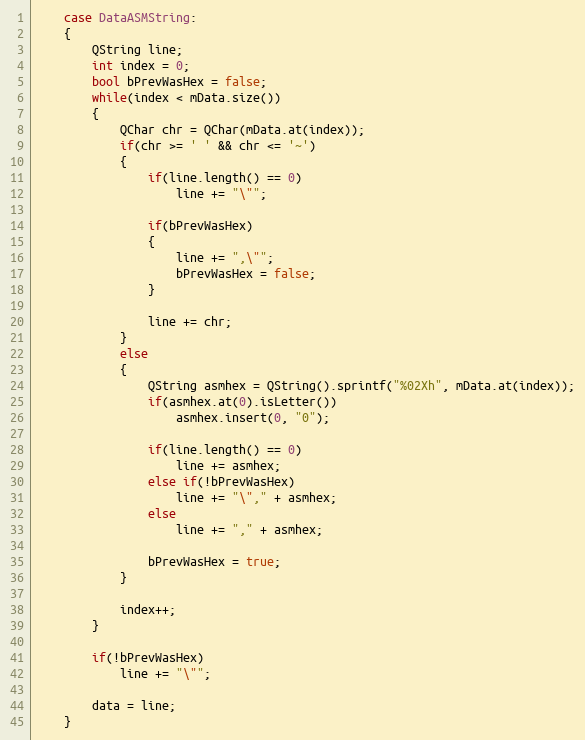
Language: C++
    case DataASMString:
    {
        QString line;
        int index = 0;
        bool bPrevWasHex = false;
        while(index < mData.size())
        {
            QChar chr = QChar(mData.at(index));
            if(chr >= ' ' && chr <= '~')
            {
                if(line.length() == 0)
                    line += "\"";

                if(bPrevWasHex)
                {
                    line += ",\"";
                    bPrevWasHex = false;
                }

                line += chr;
            }
            else
            {
                QString asmhex = QString().sprintf("%02Xh", mData.at(index));
                if(asmhex.at(0).isLetter())
                    asmhex.insert(0, "0");

                if(line.length() == 0)
                    line += asmhex;
                else if(!bPrevWasHex)
                    line += "\"," + asmhex;
                else
                    line += "," + asmhex;

                bPrevWasHex = true;
            }

            index++;
        }

        if(!bPrevWasHex)
            line += "\"";

        data = line;
    }